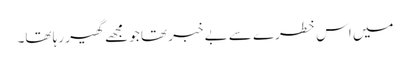
میں اس خطرے سے بے خبر تھا جو مجھے گھیر رہا تھا۔